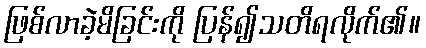
ဖြစ်လာခဲ့မိခြင်းကို ပြန်၍သတိရလိုက်၏။